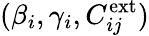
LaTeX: (\beta_{i},\gamma_{i},C_{ij}^{\mathrm{ext}})